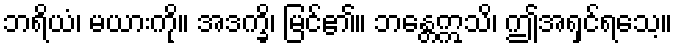
ဘရိယံ၊ မယားကို။ အဒက္ခိ၊ မြင်၏။ ဘန္တေဣသိ၊ ဤအရှင်ရသေ့။